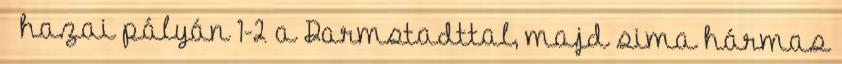
– hazai pályán 1-2 a Darmstadttal, majd sima hármas